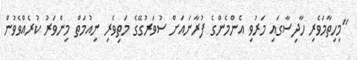
"މިހިތާމަވެރި ހާދިސާގައި މަރުވި އެންމެންގެ ފުރާނައަށް ސުވަރުގޭގެ މަތިވެރި ނިއުމަތް މިންވަރު ކުރެއްވެވުން